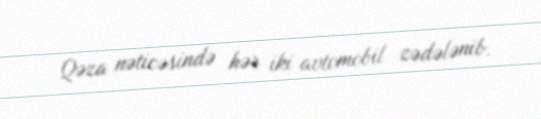
Qəza nəticəsində hər iki avtomobil zədələnib.